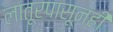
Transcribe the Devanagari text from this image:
लातूरपासूनही